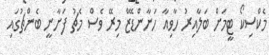
މެކްސިކޯ ޓީމަށް ބަލާއިރު ހާވިއާ ހަނާންޑޭޒް މިރޭ ވެސް މެޗު ފަށާނީ ބެންޗުގައި